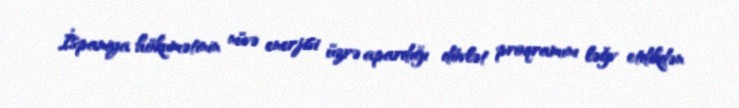
İspaniya hökumətinin nüvə enerjisi üzrə apardığı dövlət proqramını ləğv etdikdən